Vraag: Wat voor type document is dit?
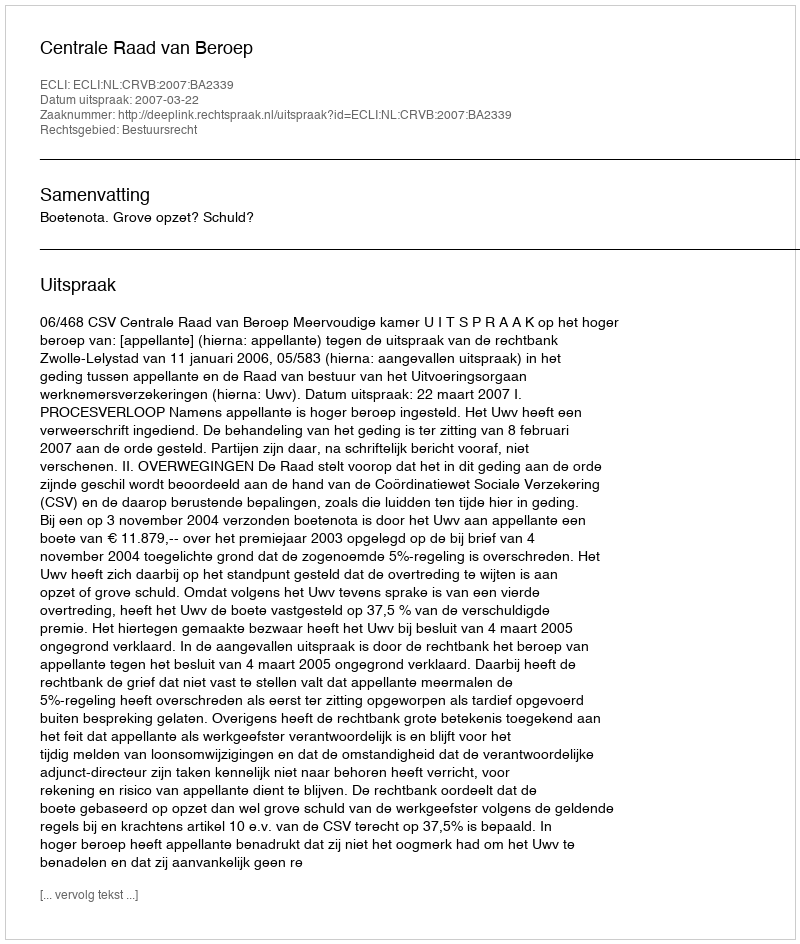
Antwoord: Uitspraak